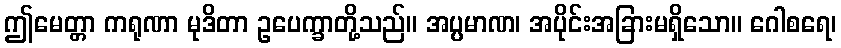
ဤမေတ္တာ ကရုဏာ မုဒိတာ ဥပေက္ခာတို့သည်။ အပ္ပမာဏ၊ အပိုင်းအခြားမရှိသော။ ဂေါစရေ၊